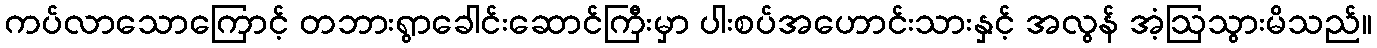
ကပ်လာသောကြောင့် တဘားရွာခေါင်းဆောင်ကြီးမှာ ပါးစပ်အဟောင်းသားနှင့် အလွန် အံ့ဩသွားမိသည်။